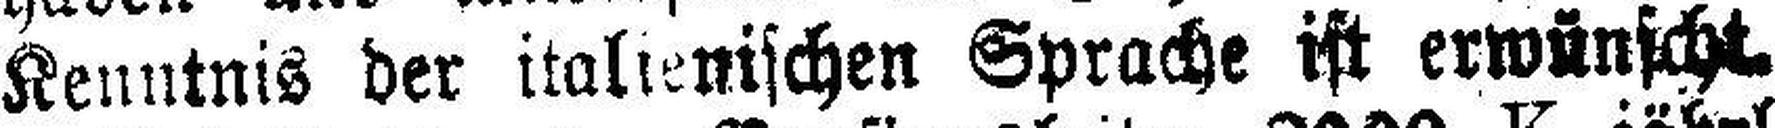
Kenntnis der italienischen Sprache ist erwünscht.